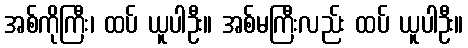
အစ်ကိုကြီး၊ ထပ် ယူပါဦး။ အစ်မကြီးလည်း ထပ် ယူပါဦး။